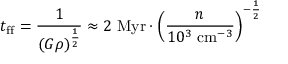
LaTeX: t _ { \mathrm { { f f } } } = { \frac { 1 } { ( G \rho ) ^ { \frac { 1 } { 2 } } } } \approx 2 { \mathrm { ~ M y r } } \cdot \left( { \frac { n } { 1 0 ^ { 3 } { \mathrm { ~ c m } } ^ { - 3 } } } \right) ^ { - { \frac { 1 } { 2 } } }